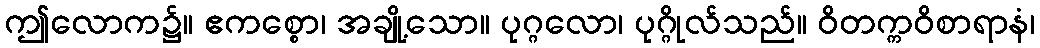
ဤလောက၌။ ဧကစ္စော၊ အချို့သော။ ပုဂ္ဂလော၊ ပုဂ္ဂိုလ်သည်။ ဝိတက္ကဝိစာရာနံ၊